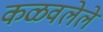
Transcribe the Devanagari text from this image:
कळवलेले